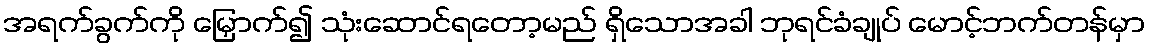
အရက်ခွက်ကို မြှောက်၍ သုံးဆောင်ရတော့မည် ရှိသောအခါ ဘုရင်ခံချုပ် မောင့်ဘက်တန်မှာ